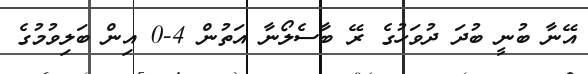
އޭނާ ބުނީ ބުދަ ދުވަހުގެ ރޭ ބާސެލޯނާ އަތުން 4-0 އިން ބަލިވުމުގެ